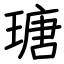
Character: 瑭